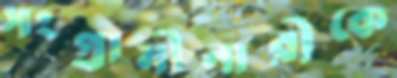
সংগ্রামীনারীকে